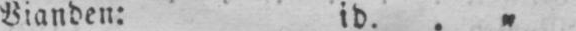
Vianden: id. .„